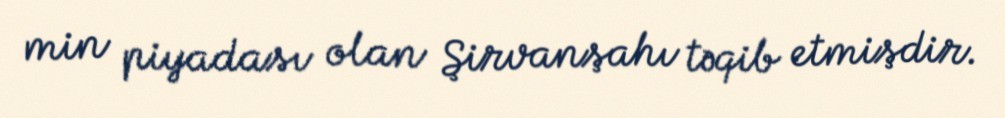
min piyadası olan Şirvanşahı təqib etmişdir.